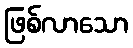
ဖြစ်လာသော